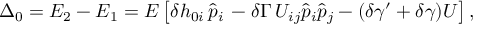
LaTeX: \Delta _ { 0 } = E _ { 2 } - E _ { 1 } = E \left[ \delta h _ { 0 i } \, \hat { p } _ { i } \, - \delta \Gamma \, U _ { i j } \hat { p } _ { i } \hat { p } _ { j } - ( \delta \gamma ^ { \prime } + \delta \gamma ) U \right] ,